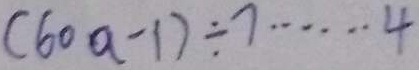
( 6 0 a - 1 ) \div 7 \cdots 4